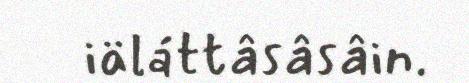
iäláttâsâsâin.